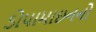
ડોપામાઇનનો